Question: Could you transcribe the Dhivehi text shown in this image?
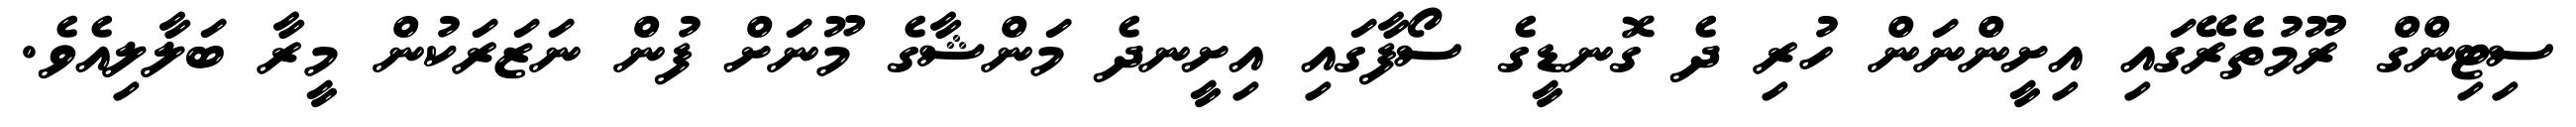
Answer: ސިޓިންގް ރޫމުތެރޭގައި އިށީންނަން ހުރި ދެ ގޮނޑީގެ ސޯފާގައި އިށީނދެ މަންޝާގެ މޫނަށް ފުން ނަޒަރަކުން މީރާ ބަލާލިއެވެ.